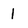
Character: 1